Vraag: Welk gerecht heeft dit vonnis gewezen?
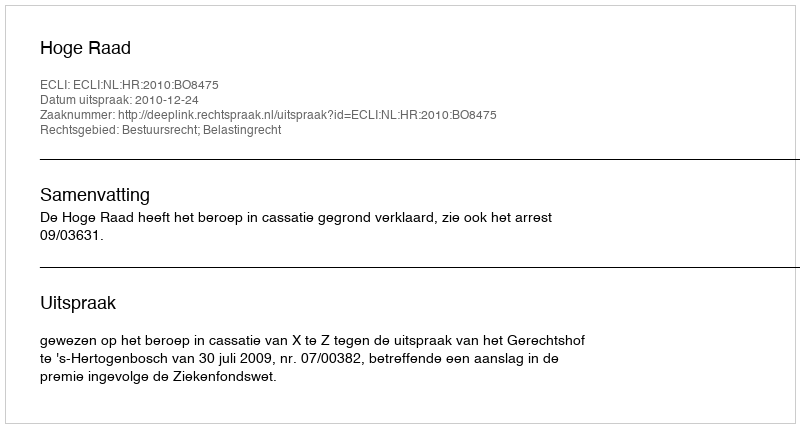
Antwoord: Hoge Raad